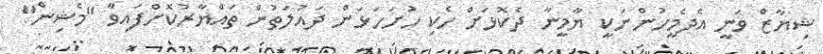
ޝިޔާޒް ވަނީ އެދެމީހުންނަކީ ޔާމީނާ ދެކޮޅަށް ހެކި ހުށަހަޅަން ދައުލަތުން ތައްޔާރުކޮށްފައިވާ "މެޝިން"